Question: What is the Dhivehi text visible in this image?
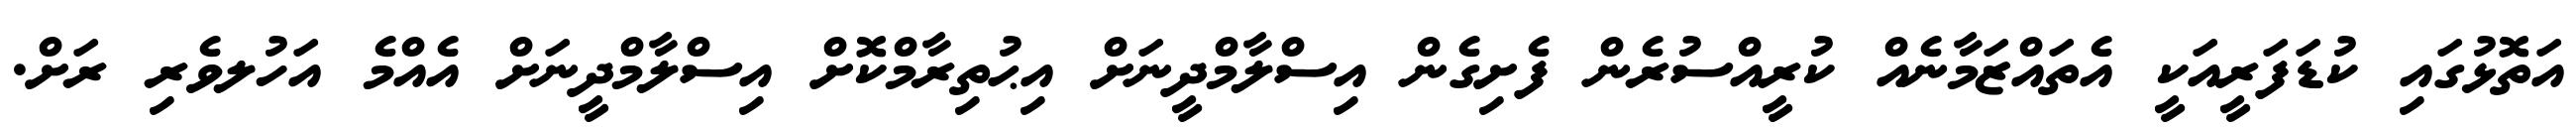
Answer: އަތޮޅުގައި ކުޑަފަރީއަކީ އެތައްޒަމާނެއް ކުރީއްސުރެން ފެށިގެން އިސްލާމްދީނަށް އިޙުތިރާމްކޮށް އިސްލާމްދީނަށް އެއްމެ އަހުލވެރި ރަށް.